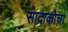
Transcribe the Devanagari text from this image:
सादाकोचा